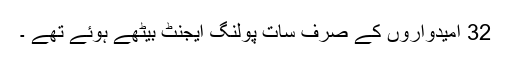
32 امیدواروں کے صرف سات پولنگ ایجنٹ بیٹھے ہوئے تھے ۔